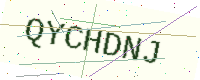
Text: QYCHDNJ